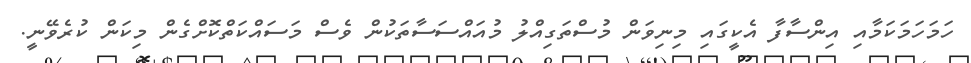
ހަމަހަމަކަމާއި އިންސާފާ އެކީގައި މިނިވަން މުސްތަގިއްލު މުއައްސަސާތަކުން ވެސް މަސައްކަތްކޮށްގެން މިކަން ކުރެވޭނީ.